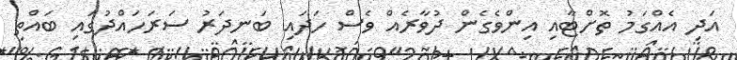
އަދި އެއްގަމު ތޮށްޓާއި އިންވެގެން ދުވާރެއް ވެސް ހަދައި ބަނދަރު ސަރަހައްދުގައި ބައްތި